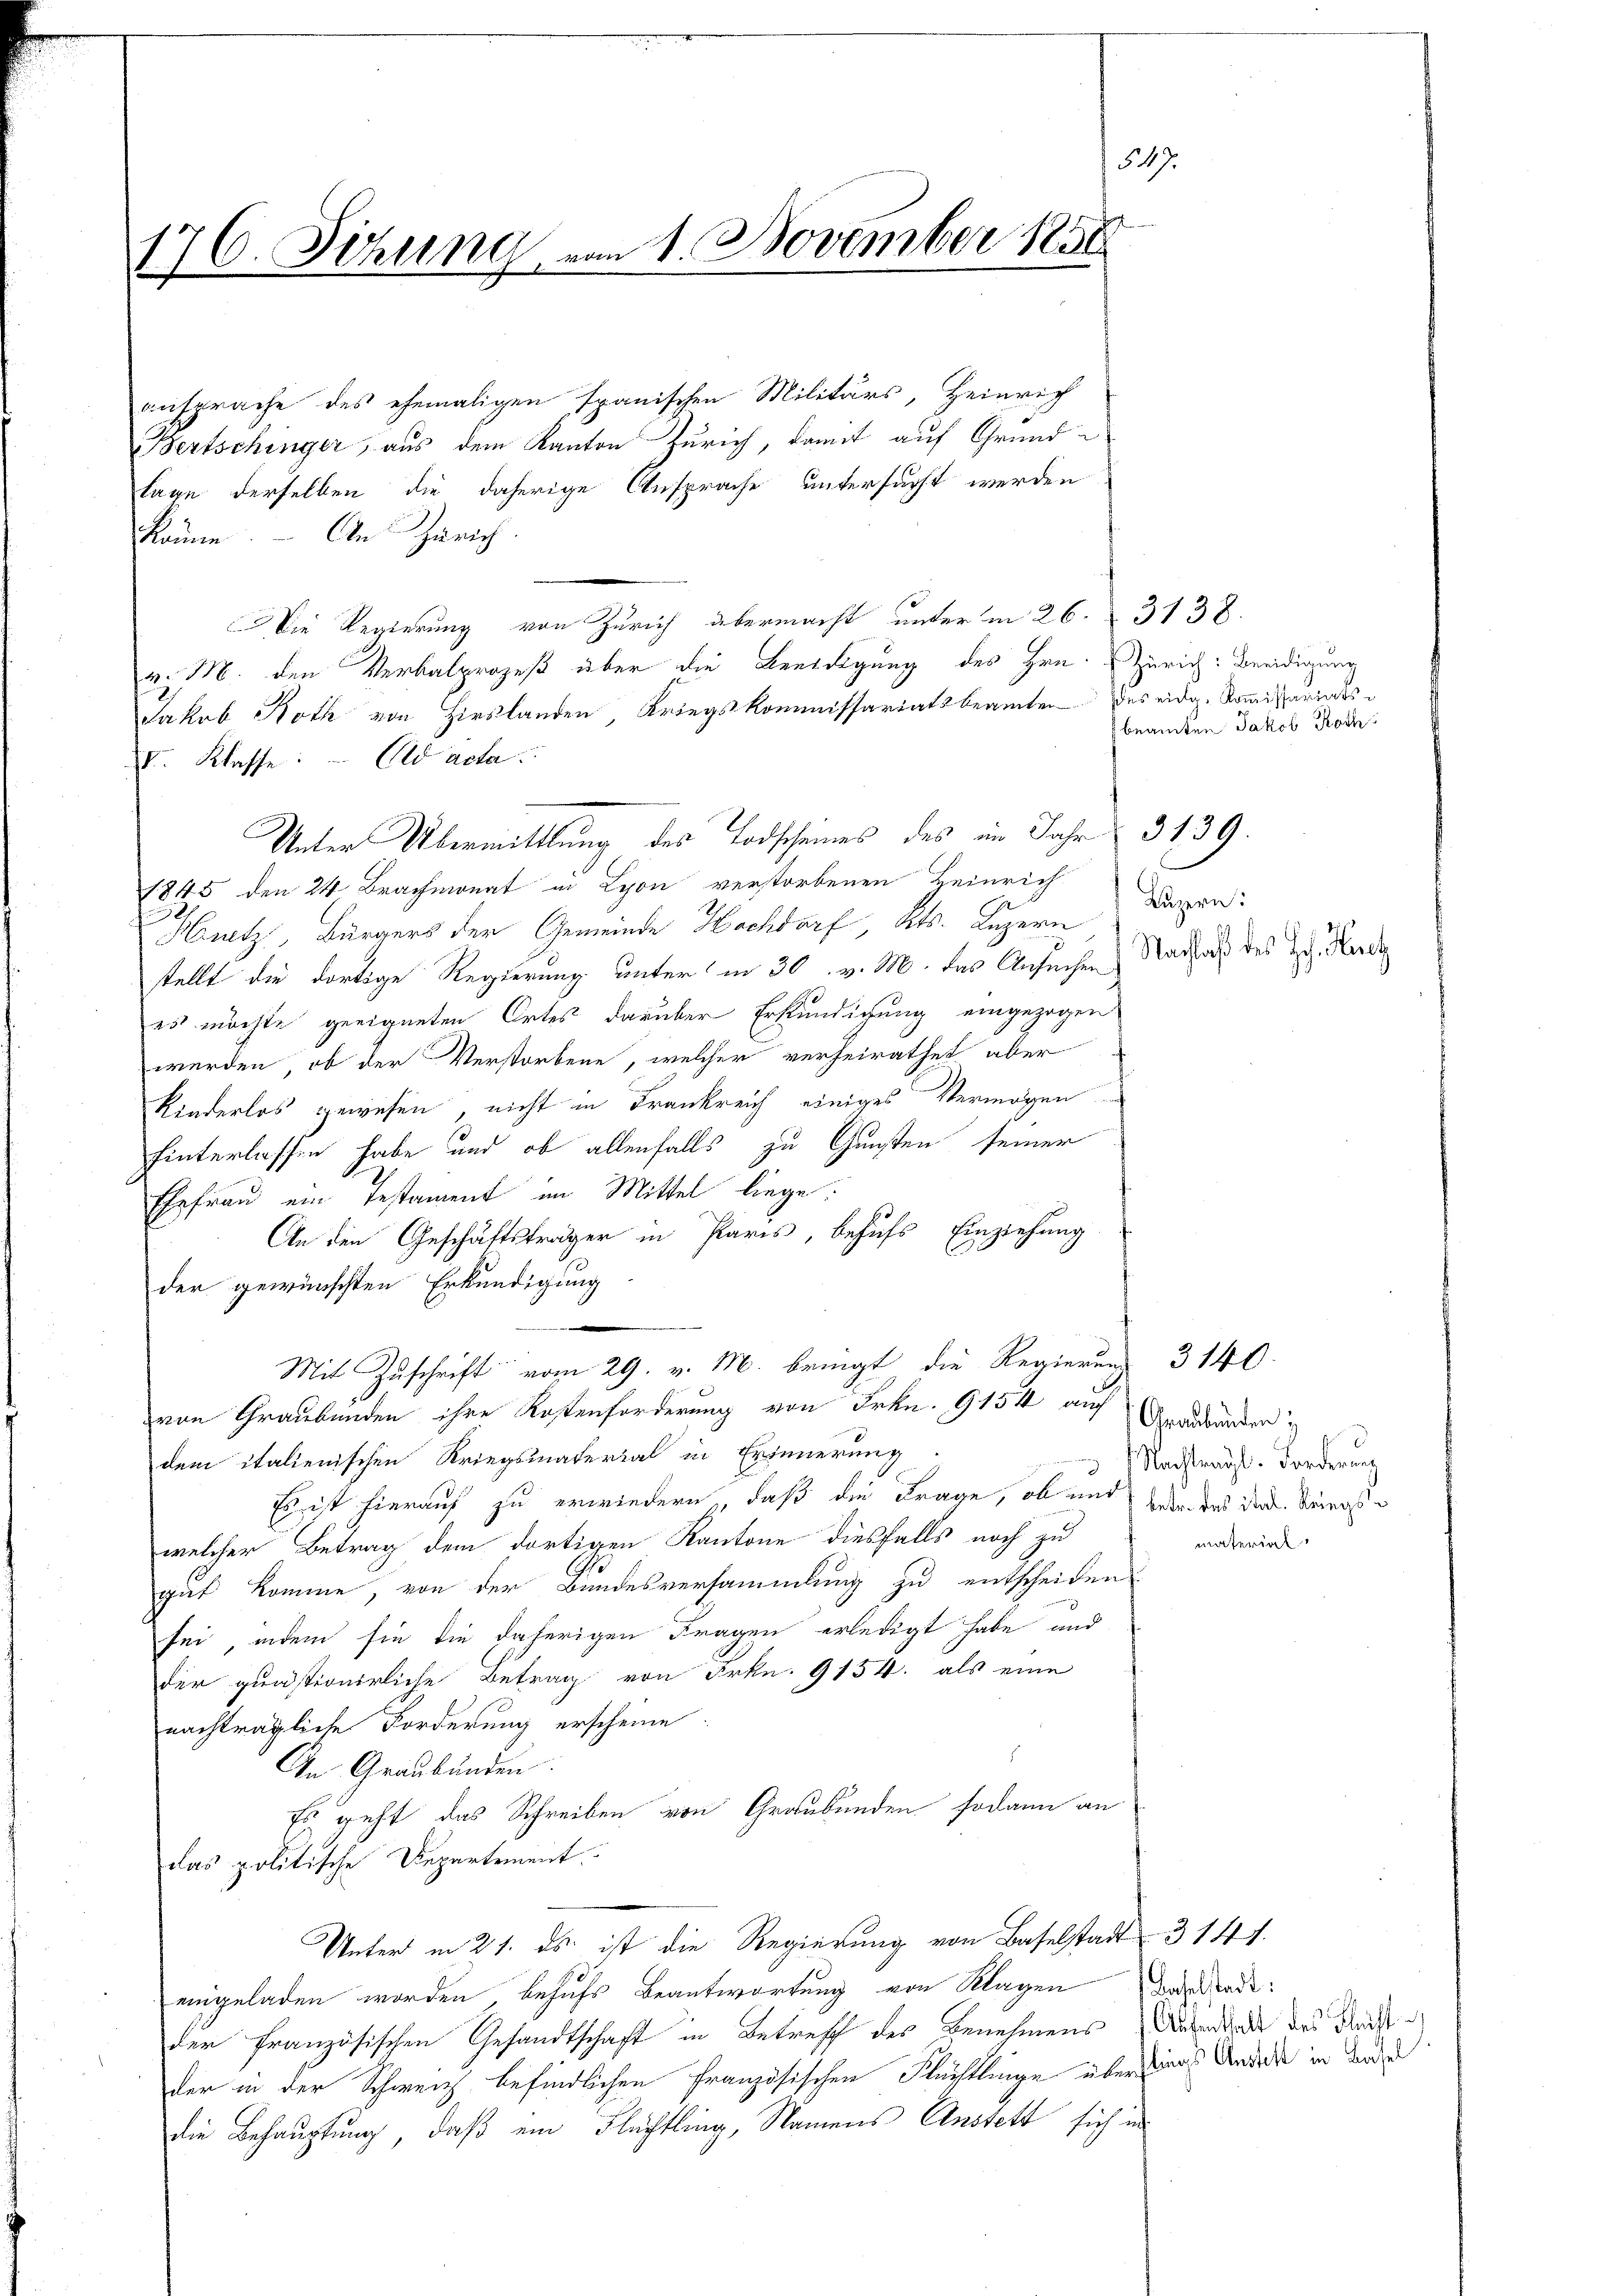
547.
176. Setzung vom 1. November 1858

ansprache des ehemaligen spanischen Militärs, Heinrich
Bertschinger, aus dem Kanton Zürich, damit auf Grund-
lage derselben die daherige Ansprache untersucht werden
könne. An Zürich
Die Regierung von Zürich übermacht unter in 26. 3138.
v. M. den Verbalprozeß über die Benedigung des Hrn. Zürich: Beeidigung
Jakob Roth von Hirslanden, Kriegskommissariatsbeamten des eidg. Kommissariats¬
V. Klasse:  Ald acta.
1845 den 24 Brachmonat in Lyon verstorbenen Heinrich
Hutz, Bürgers der Gemeinde Hochdorf, Kts. Luzern Lagen:
stellt die dortige Regierung unter in 30. v. M. das Ansuchen
es möchte geeigneten Ortes darüber Erkundigung eingezogen
werden, ob der Verstorbene, welcher verheirathet, aber
Kinderlos gewesen, nicht in Frankreich einiges Vermögen
hinterlassen habe und ob allenfalls zu Gunsten seiner
Ehefrau ein Testament im Mittel liege.
An den Geschäftsträger in Paris, behufs Einziehung
der gewünschten Erkundigung
Mit Zuschrift vom 29. v. M. bringt die Regierung 3140
von Graubünden ihre Kostenforderung von Frkn. 9154 auf Graubünden
dem italienischen Kriegsmaterial in Erinnerung
Es ist hierauf zu erwiedern, daß die Frage, ob und der das die Reiniste
welcher Betrag dem dortigen Kantone diesfalls noch zu
.
gut komme, von der Bundesversammlung zu entscheiden
sei, indem sie die daherigen Fragen erledigt habe und
der gunstionirliche Betrag von Frkn. 9154. als eine
nachträgliche Forderung erscheine
An Graubünden.
Es geht das Schreiben von Graubünden sodann an
das politische Departement
Unter in 21. ds. ist die Regierung von Baselstadt 3 141.
eingeladen worden, behufs Beantwortung von Klagen Baselstadt:
der französischen Gesandtschaft in Betreff des Benehmens Aufend des Dach
der in der Schweiz befindlichen Französischen Flüchtlinge über seines Andere in der
die Behauptung, daß ein Flüchtling, Namens Anstett sich in

Unter Übermittlung des Todscheines des im Jahr 3139.

beamten Jakob Roth

Nachlaß des Hch. Hartz

Nachtragl. Forderner
material